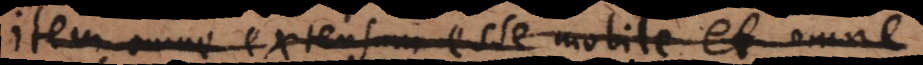
item omne extensum esse mobile, et omne